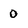
Character: 0